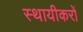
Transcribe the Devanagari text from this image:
स्थायीकरों